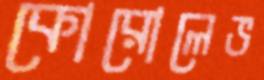
কোরোলেভ